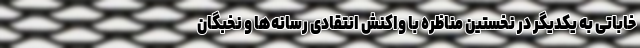
خاباتی به یکدیگر در نخستین مناظره با واکنش انتقادی رسانه‌ها و نخبگان